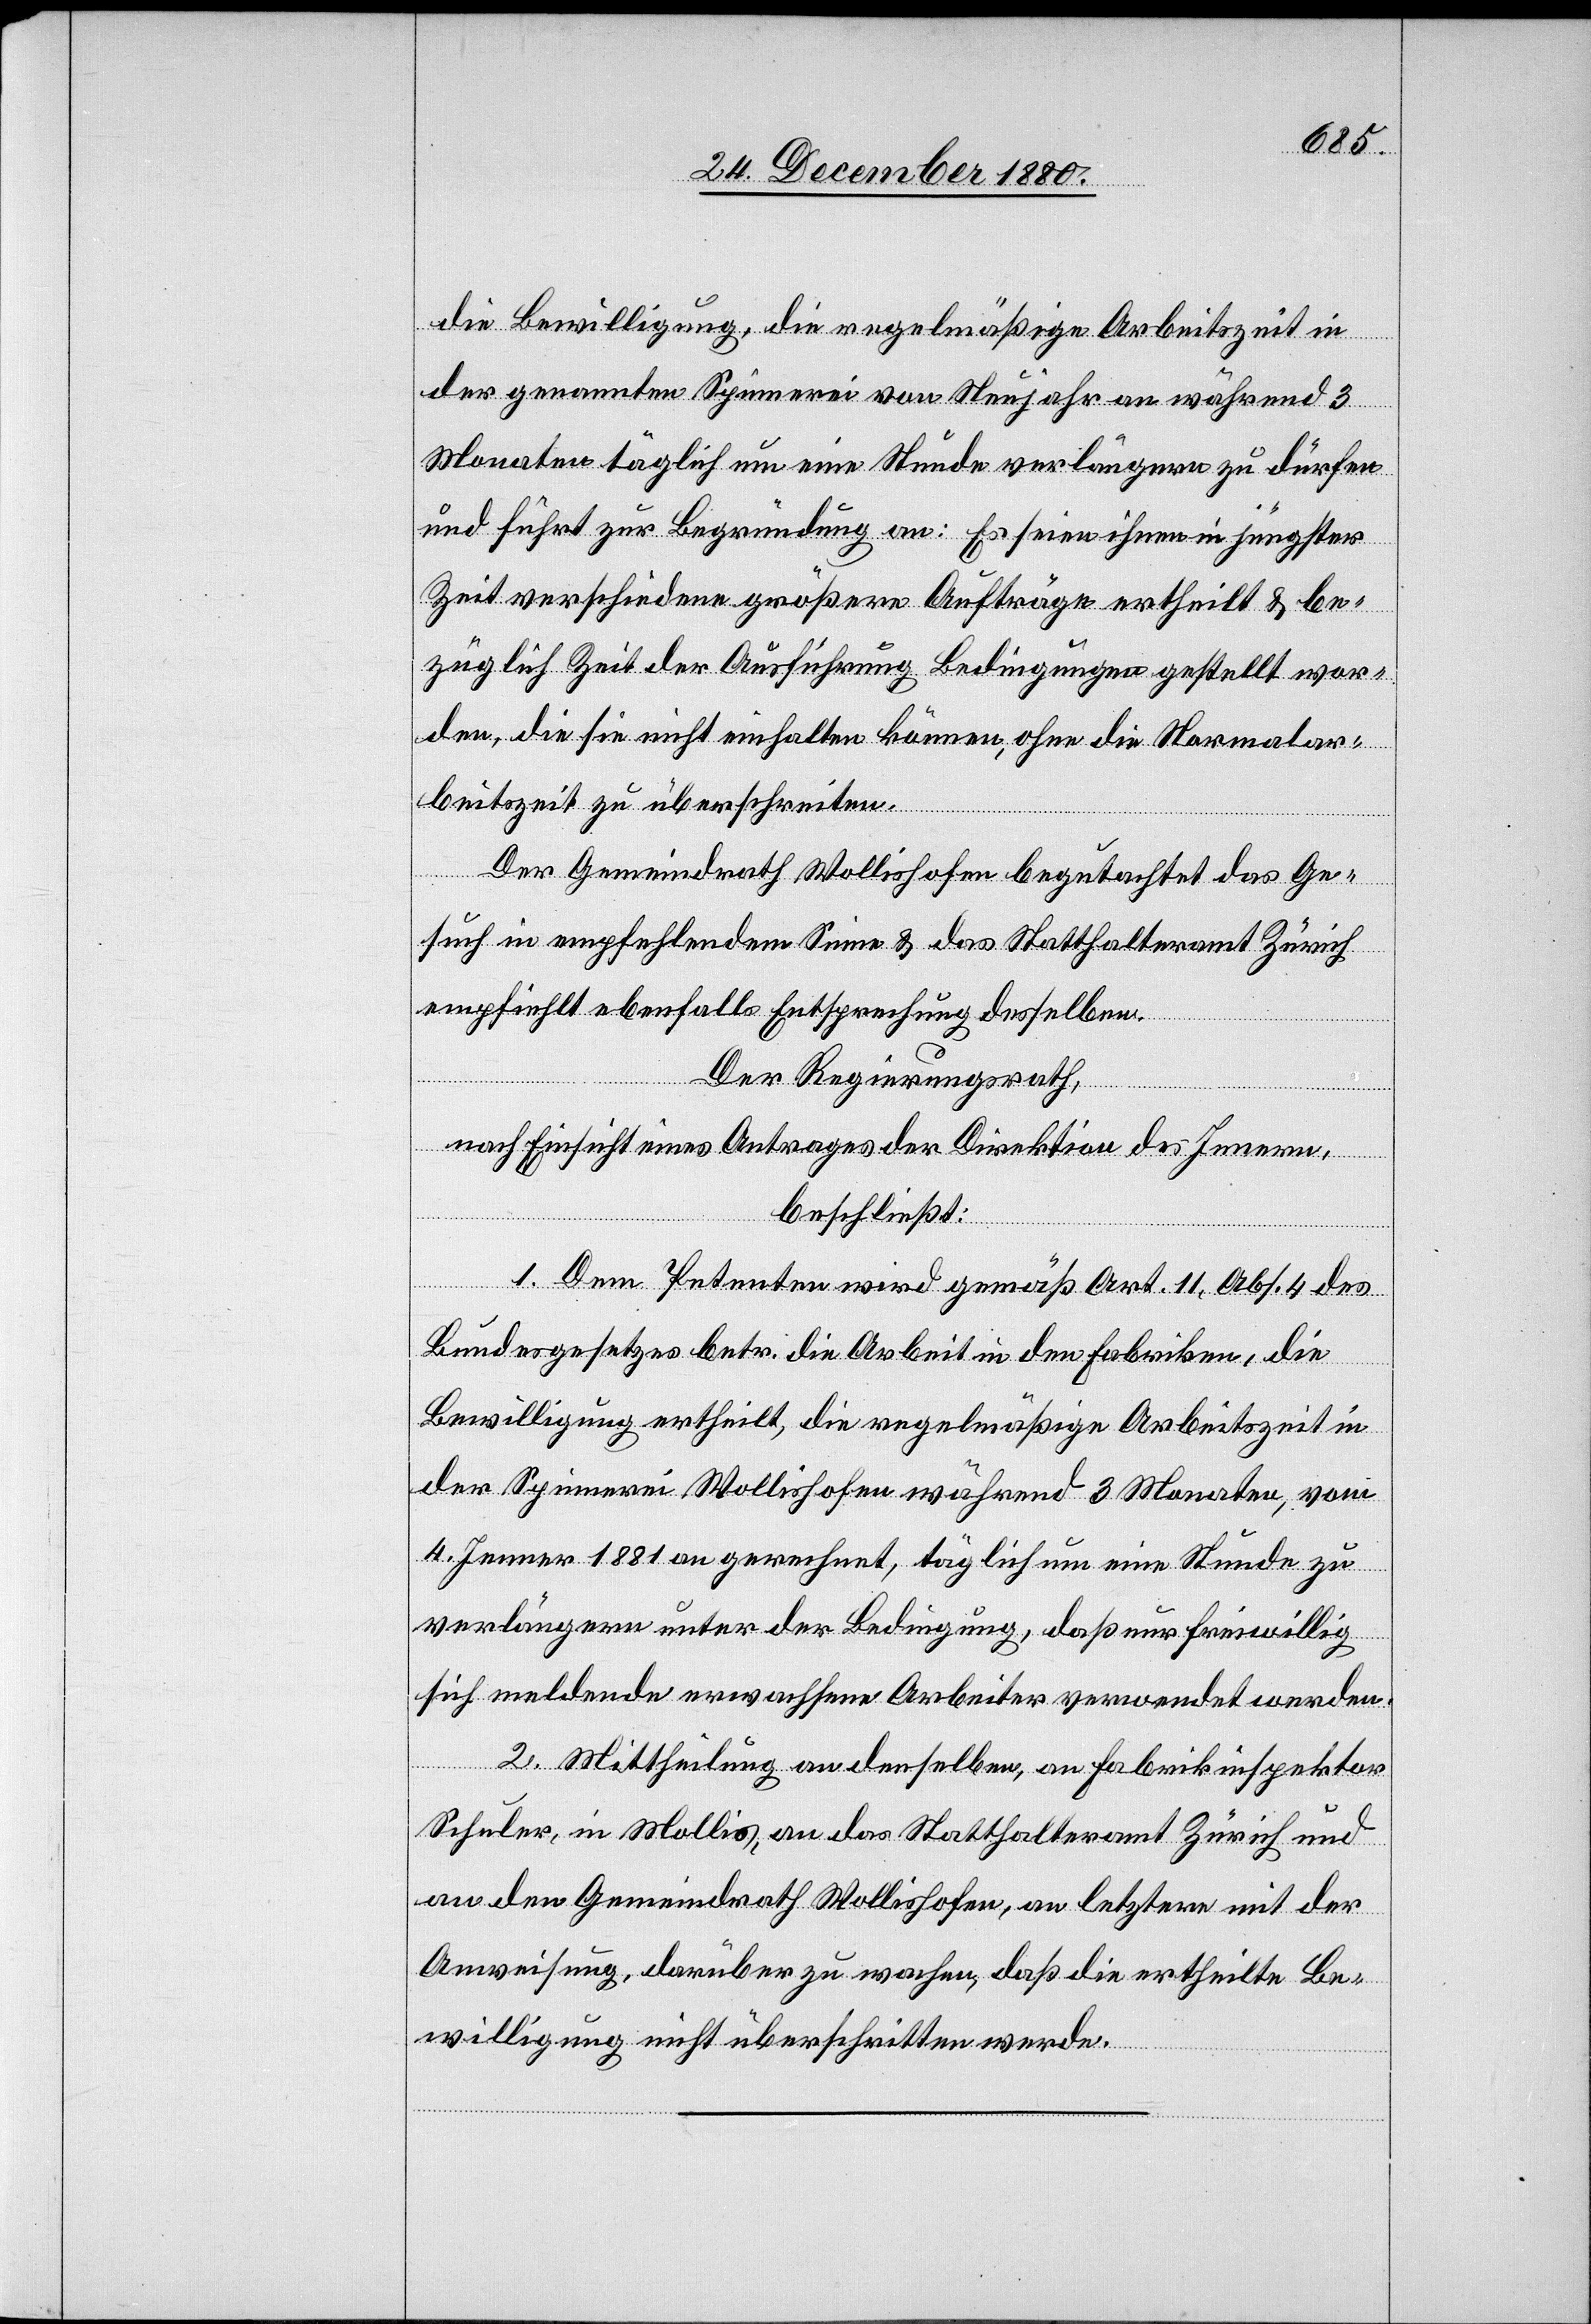
die Bewilligung, die regelmäßige Arbeitszeit in
der genannten Spinnerei vom Neujahr an während 3
Monaten täglich um eine Stunde verlängern zu dürfen
und führt zur Begründung an: Es seien ihnen in jüngster
Zeit verschiedene größere Aufträge ertheilt & be¬
züglich Zeit der Ausführung Bedingungen gestellt wor¬
den, die sie nicht einhalten können, ohne die Normalar¬
beitszeit zu überschreiten.
Der Gemeindrath Wollishofen begutachtet das Ge¬
such in empfehlendem Sinne & das Statthalteramt Zürich
Der Regierungsrath,
nach Einsicht eines Antrages der Direktion des Innern,
beschließt:
1. Dem Petenten wird gemäß Art. 11, Abs. 4 des
Bundesgesetzes betr. die Arbeit in den Fabriken, die
Bewilligung ertheilt, die regelmäßige Arbeitszeit in
der Spinnerei Wollishofen während 3 Monaten, vom
4. Jenner 1881 an gerechnet, täglich um eine Stunde zu
verlängern unter der Bedingung, daß nur freiwillig
sich meldende erwachsene Arbeiter verwendet werden.
2. Mittheilung an denselben, an Fabrikinspektor
Schuler, in Mollis, an das Statthalteramt Zürich und
an den Gemeindrath Wollishofen, an letztern mit der
Anweisung, darüber zu wachen, daß die ertheilte Be¬
willigung nicht überschritten werde.